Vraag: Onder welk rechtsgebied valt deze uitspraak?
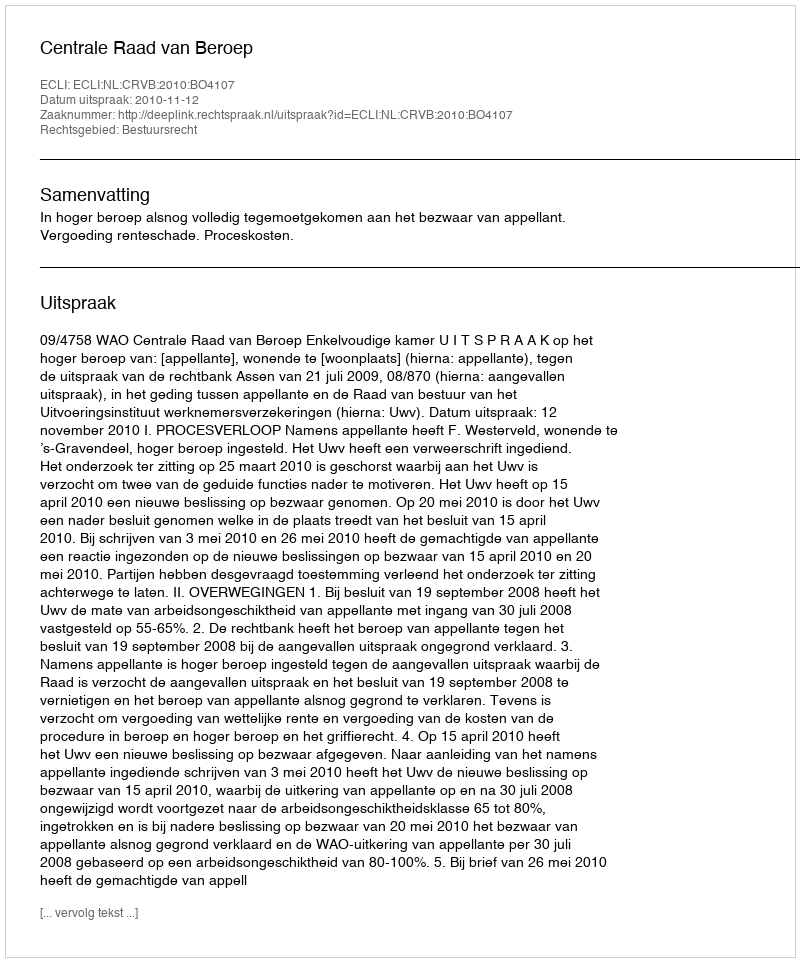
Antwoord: Bestuursrecht